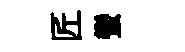
匠蠻